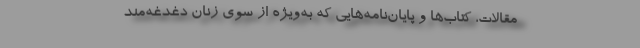
مقالات، کتاب‌ها و پایان‌نامه‌هایی که به‌ویژه از سوی زنان دغدغه‌مند